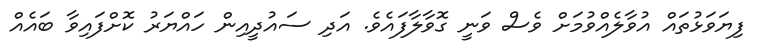
ފިޔަވަޅުތައް އުވާލެއްވުމަށް ވެސް ވަނީ ގޮވާލާފައެވެ. އަދި ސައުދީއިން ހައްޔަރު ކޮށްފައިވާ ބައެއް